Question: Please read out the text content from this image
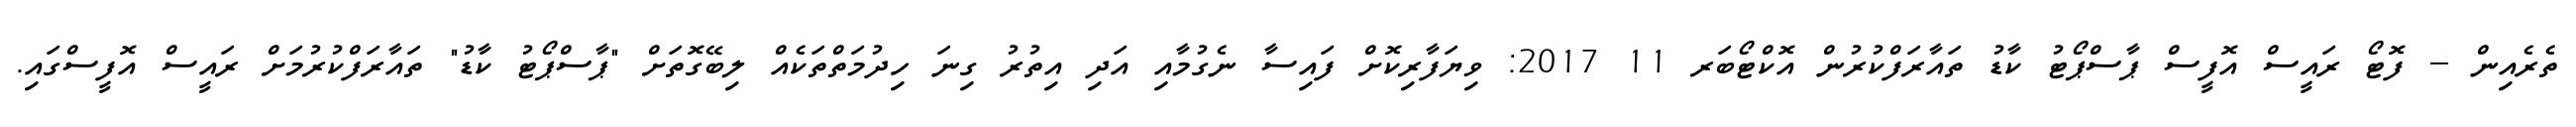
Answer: ތެރެއިން -- ފޮޓޯ ރައީސް އޮފީސް ޕާސްޕޯޓު ކާޑު ތައާރަފްކުރުން އޮކްޓޯބަރ 11 2017: ވިޔަފާރިކޮށް ފައިސާ ނެގުމާއި އަދި އިތުރު ގިނަ ހިދުމަތްތަކެއް ލިބޭގޮތަށް "ޕާސްޕޯޓު ކާޑު" ތައާރަފްކުރުމަށް ރައީސް އޮފީސްގައި.